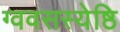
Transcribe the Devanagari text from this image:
ग्ववसस्येष्ठि